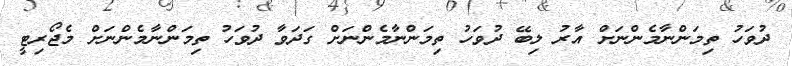
ދުވަހު ތިމަންނާމެންނަށް އާރު ލިބޭ ދުވަހު ތިމަންނާމެންނަށް ގަދަވާ ދުވަހު ތިމަންނާމެންނަށް މެޖޯރިޓީ